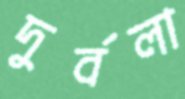
দুর্বলা